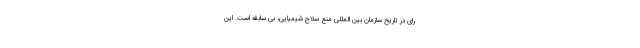
رای در تاریخ سازمان بین المللی منع سلاح شیمیایی، بی سابقه است. این